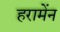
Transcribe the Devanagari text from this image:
हरामेंन